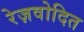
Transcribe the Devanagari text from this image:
रेज़वोदित